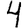
Digit: 4